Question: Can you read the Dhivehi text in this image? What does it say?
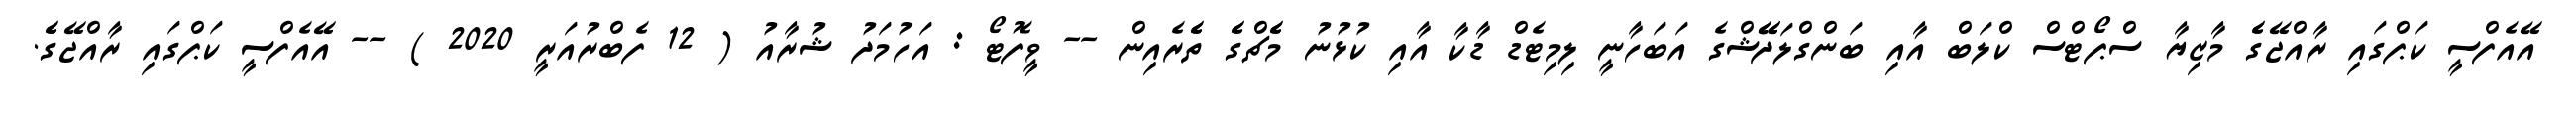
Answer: އޭއެފްސީ ކަޕްގައި ރާއްޖޭގެެ މާޒިޔާ ސްޕޯޓްސް ކްލަބް އާއި ބަންގްލަދޭޭޝްގެ އަބަހާނީ ލިމިޓެޑް ޑާކާ އާއި ކުޅުނު މެެޗްގެެ ތެެރެއިން -- ވީފޮޓޯ : އަހުމަދު ޝުރާއު ( 12 ފެބްރުއަރީ 2020 ) -- އޭއެފްސީ ކަޕްގައި ރާއްޖޭގެެ.